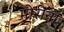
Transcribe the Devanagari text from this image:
मोरीनो